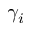
\gamma _ { i }